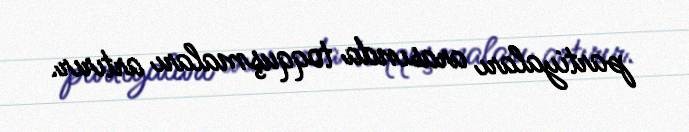
partiyaları arasında toqquşmaları artırır.